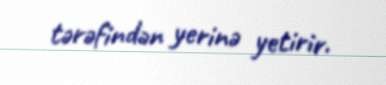
tərəfindən yerinə yetirir.